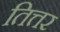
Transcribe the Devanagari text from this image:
तित्तर